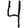
Digit: 4